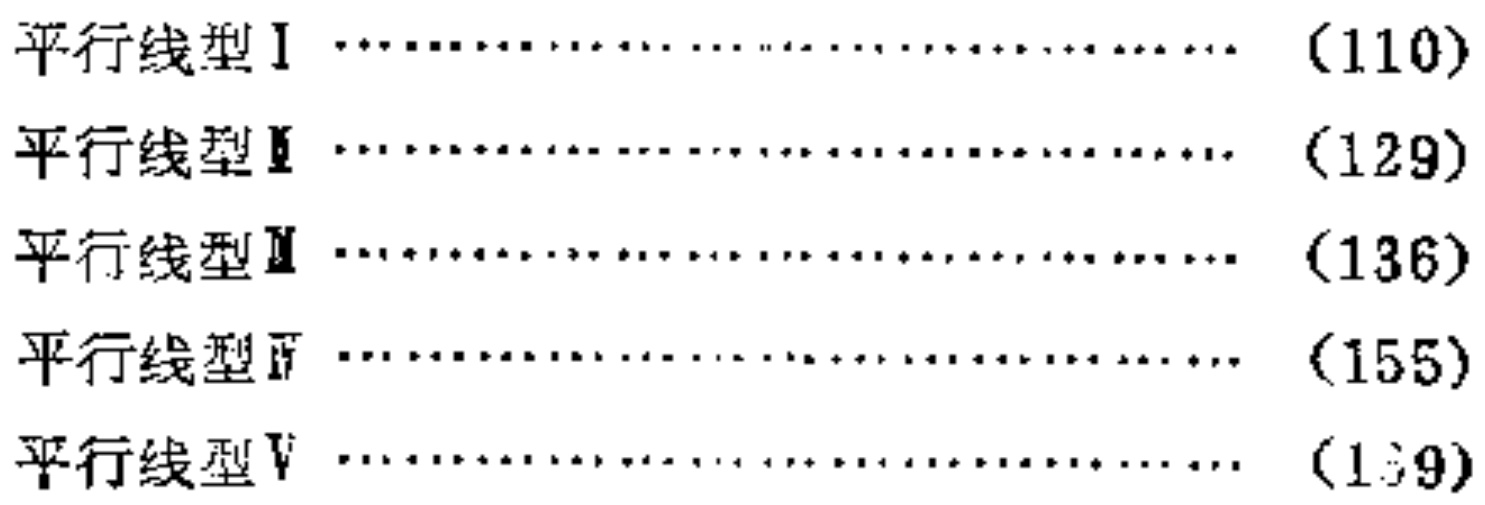
平行线型Ⅰ \dotfill （110）\\

平行线型Ⅱ \dotfill （129）\\

平行线型Ⅲ \dotfill （136）\\

平行线型Ⅳ \dotfill （155）\\

平行线型Ⅴ \dotfill （139）